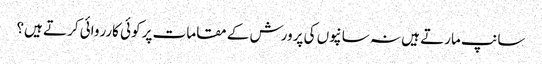
سانپ مارتے ہیں نہ سانپوں کی پرورش کے مقامات پر کوئی کارروائی کرتے ہیں؟